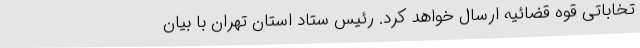
تخاباتی قوه قضائیه ارسال خواهد کرد. رئیس ستاد استان تهران با بیان